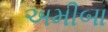
અમીબા